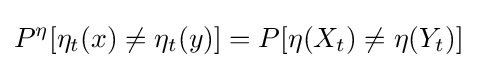
P^{\eta }[\eta _{t}(x)\neq \eta _{t}(y)]=P[\eta (X_{t})\neq \eta (Y_{t})]